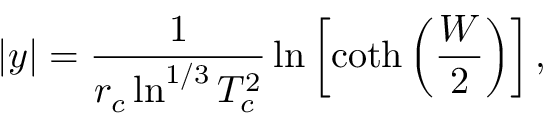
| y | = \frac { 1 } { r _ { c } \ln ^ { 1 / 3 } T _ { c } ^ { 2 } } \ln \left[ \coth \left( \frac { W } { 2 } \right) \right] ,